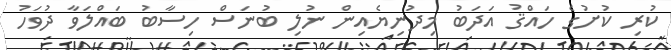
ކުރި ކުށުގެ ހައްޤު އަދަބު މިދުނިޔެއިން ނުލި ބުނަސް ހިސާބު ބައްލަވާ ދުވަހު